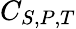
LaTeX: C_{S,P,T}